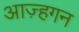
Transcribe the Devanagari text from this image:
आज़्हगन